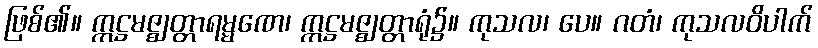
ဖြစ်၏။ ဣဋ္ဌမဇ္ဈတ္တာရမ္မဏေ၊ ဣဋ္ဌမဇ္ဈတ္တာရုံ၌။ ကုသလ၊ ပေ။ ဂတံ၊ ကုသလဝိပါက်